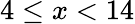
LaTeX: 4\leq x<14